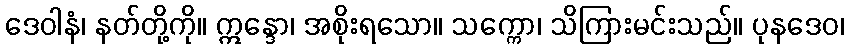
ဒေဝါနံ၊ နတ်တို့ကို။ ဣန္ဒော၊ အစိုးရသော။ သက္ကော၊ သိကြားမင်းသည်။ ပုနဒေဝ၊